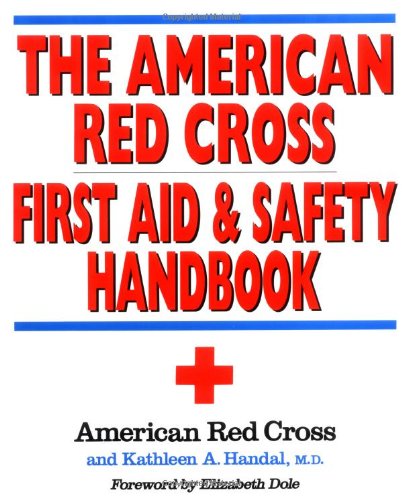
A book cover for The American Red Cross First Aid and Safety Handbook; American Red Cross; Medical Books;